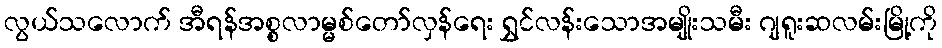
လွယ်သလောက် အီရန်အစ္စလာမ္မစ်တော်လှန်ရေး ရွှင်လန်းသောအမျိုးသမီး ဂျရူးဆလမ်းမြို့ကို